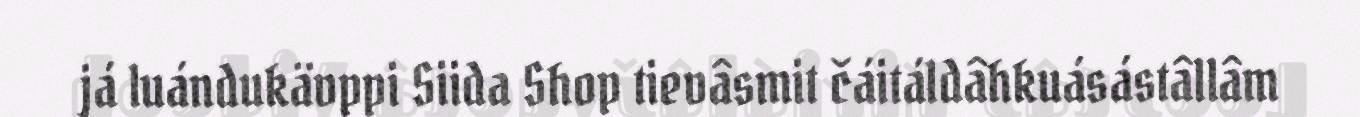
já luándukävppi Siida Shop tievâsmit čáitáldâhkuásástâllâm